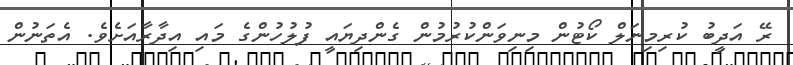
ރޭ އަދީބު ކުރިމިނަލް ކޯޓުން މިނިވަންކުރުމުން ގެންދިޔައީ ފުލުހުންގެ މައި އިދާރާއަށެވެ. އެތަނުން